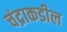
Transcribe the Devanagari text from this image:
चंद्राकडील